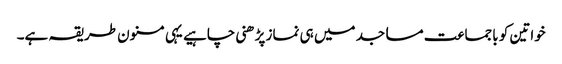
خواتین کو باجماعت مساجد میں ہی نماز پڑھنی چاہیے یہی مسنون طریقہ ہے۔